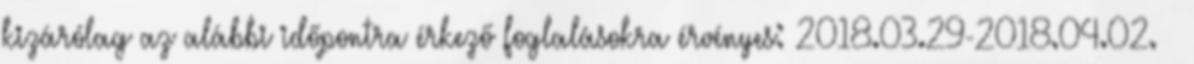
kizárólag az alábbi időpontra érkező foglalásokra érvényes: 2018.03.29-2018.04.02. 💍